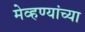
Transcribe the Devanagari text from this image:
मेव्हण्यांच्या